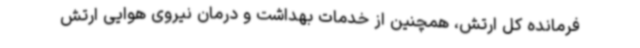
فرمانده کل ارتش، همچنین از خدمات بهداشت و درمان نیروی هوایی ارتش